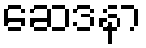
ဆေဒနာ